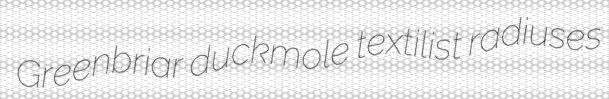
Greenbriar duckmole textilist radiuses